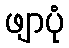
ဖျာပုံ